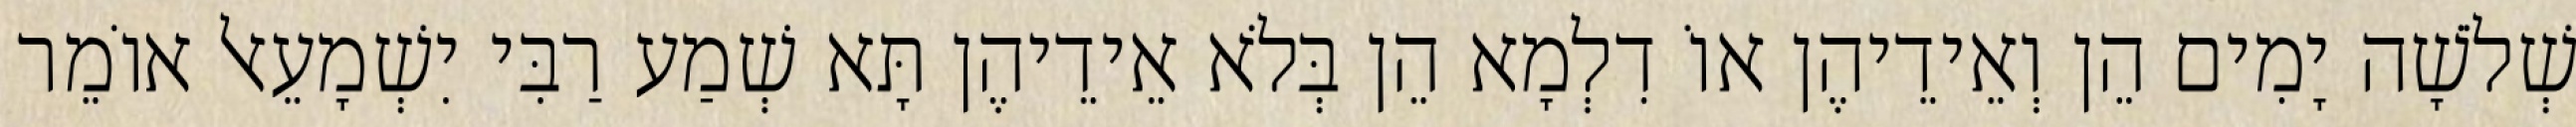
שְׁלֹשָׁה יָמִים הֵן וְאֵידֵיהֶן אוֹ דִלְמָא הֵן בְּלֹא אֵידֵיהֶן תָּא שְׁמַע רַבִּי יִשְׁמָעֵאל אוֹמֵר